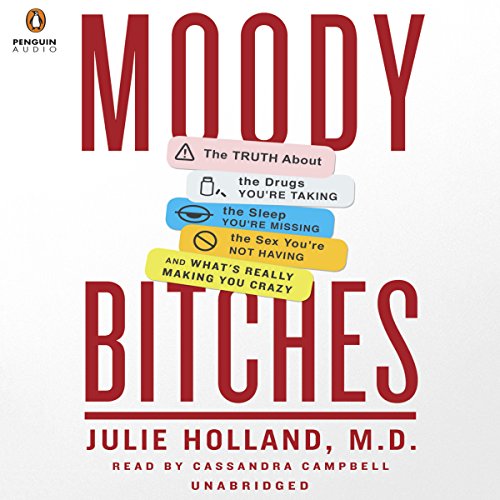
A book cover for Moody Bitches: The Truth About The Drugs You're Taking, The Sex You're Not Having, The Sleep You're Missing and What's Really Making You Feel Crazy; Julie Holland; Self-Help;